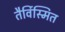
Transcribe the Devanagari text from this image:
तैर्विस्मित